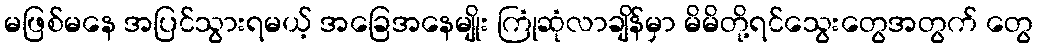
မဖြစ်မနေ အပြင်သွားရမယ့် အခြေအနေမျိုး ကြုံဆုံလာချိန်မှာ မိမိတို့ရင်သွေးတွေအတွက် တွေ